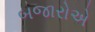
બજારોએ